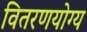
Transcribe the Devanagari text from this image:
वितरणयोग्य